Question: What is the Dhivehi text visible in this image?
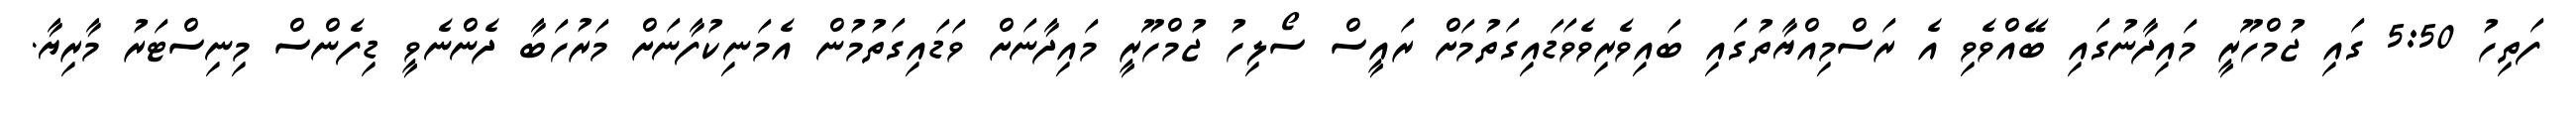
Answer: ފަތިހު 5:50 ގައި ޖުމްހޫރީ މައިދާނުގައި ބޭއްވެވި އެ ރަސްމިއްޔާތުގައި ބައިވެރިވެވަޑައިގަތުމަށް ރައީސް ސޯލިހު ޖުމްހޫރީ މައިދާނަށް ވަޑައިގަތުމުން އެމަނިކުފާނަށް މަރުހަބާ ދެންނެވީ ޑިފެންސް މިނިސްޓަރު މާރިޔާ.